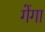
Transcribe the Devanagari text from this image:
गेंगा